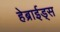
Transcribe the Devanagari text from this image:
हेब्राईड्स